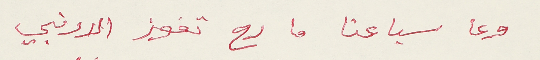
وعا سباعنا ما رح تفوز الارنبي